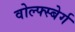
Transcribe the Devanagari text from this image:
वोल्फ्स्बेर्ग